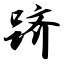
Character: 跻